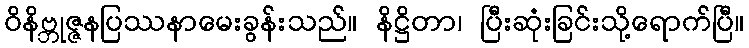
ဝိနိဗ္ဘုဇ္ဇနပြဿနာမေးခွန်းသည်။ နိဋ္ဌိတာ၊ ပြီးဆုံးခြင်းသို့ရောက်ပြီ။